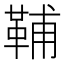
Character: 𩊬